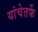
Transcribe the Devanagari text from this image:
यांचेतर्फे